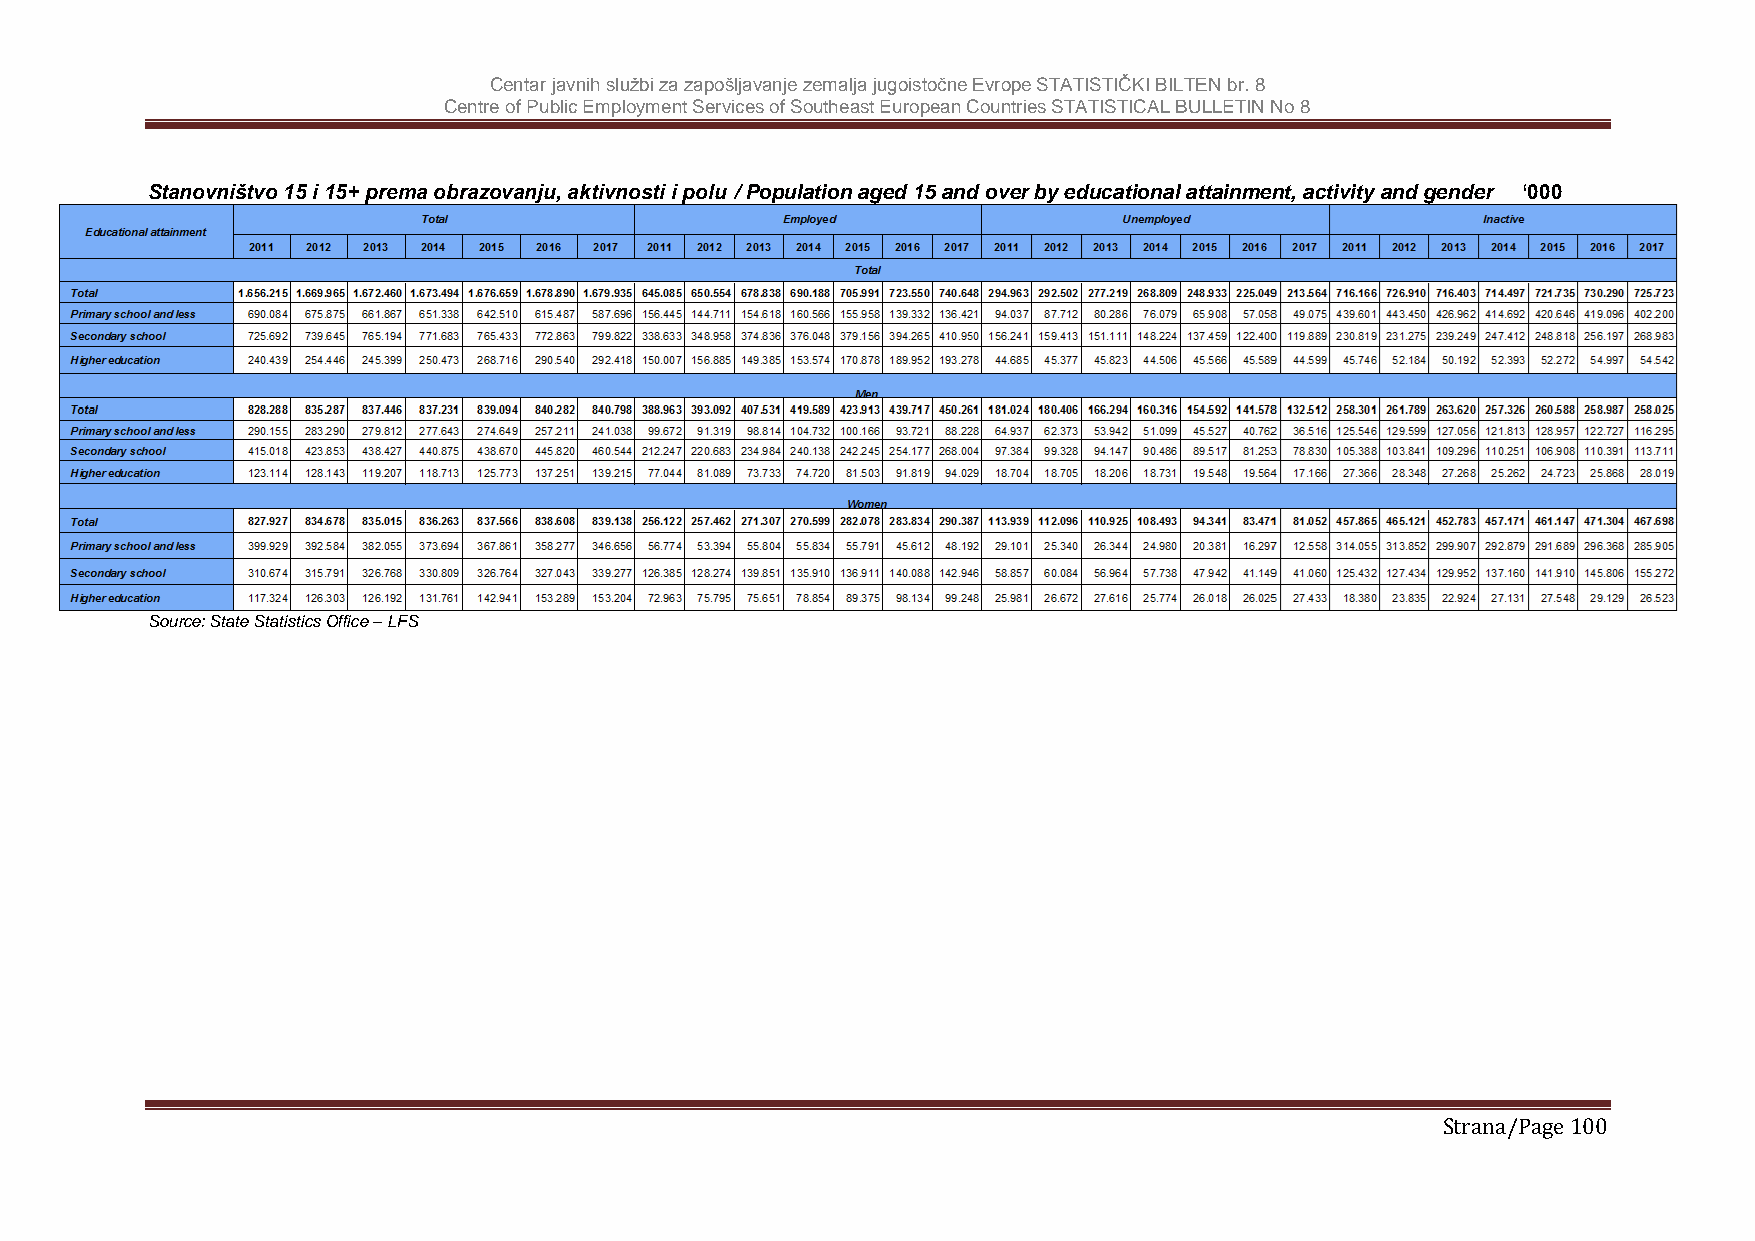
Centar javnih službi za zapošljavanje zemalja jugoistočne Evrope STATISTIČKI BILTEN br. 8
 Centre of Public Employment Services of Southeast European Countries STATISTICAL BULLETIN No 8
 Stanovništvo 15 i 15+ prema obrazovanju, aktivnosti i polu / Population aged 15 and over by educational attainment, activity and gender ‘000
 Source: State Statistics Office – LFS
 Strana/Page 100